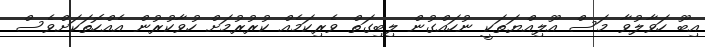
އިބޫ ހަވާލުވާ މަސް އޫލިއްޔަތަކީ ނުހައްގުން ލިބިގަތް ވެރިކަމެއް ކުރުރުމަށް ހުވާކުރުން އެއްހޮތަކަށްވެސް